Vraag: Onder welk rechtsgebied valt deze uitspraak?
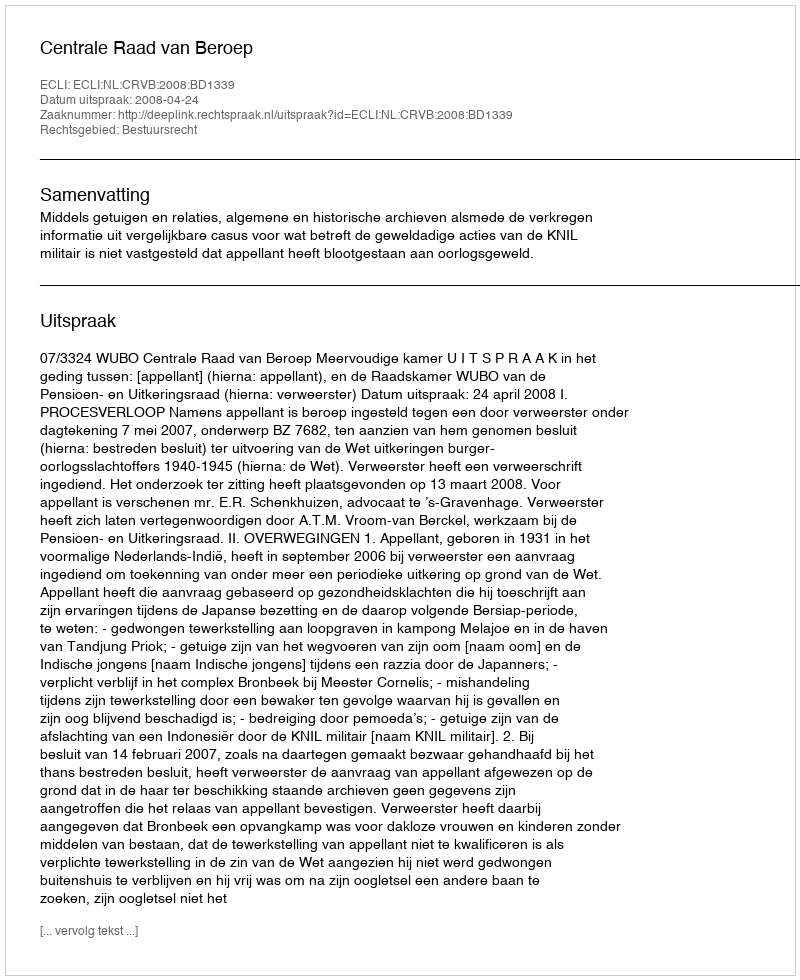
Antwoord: Bestuursrecht